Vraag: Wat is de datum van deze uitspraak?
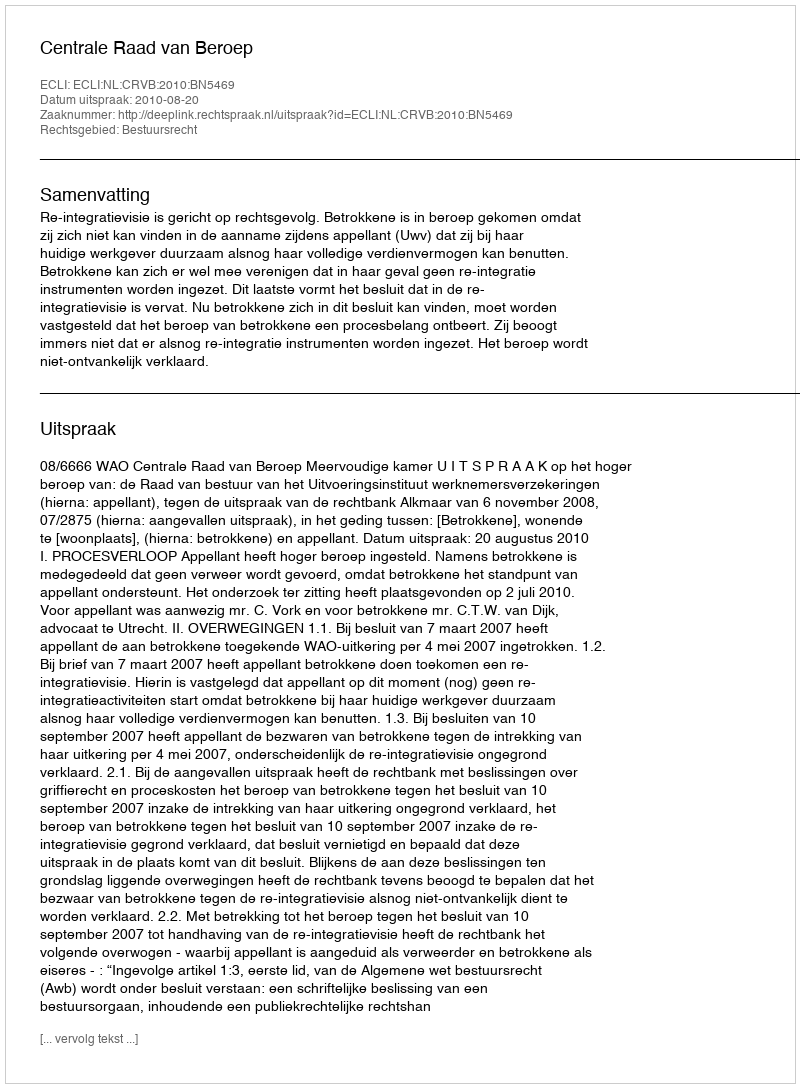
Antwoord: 2010-08-20